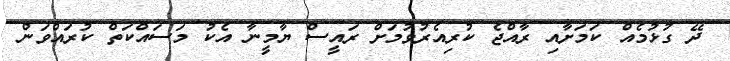
ދޭ ގުޅުމެއް ކަމަށާއި ރާއްޖެ ކުރިއެރުވުމަށް ރައީސް ޔާމީނާ އެކު މަސައްކަތް ކުރައްވަން